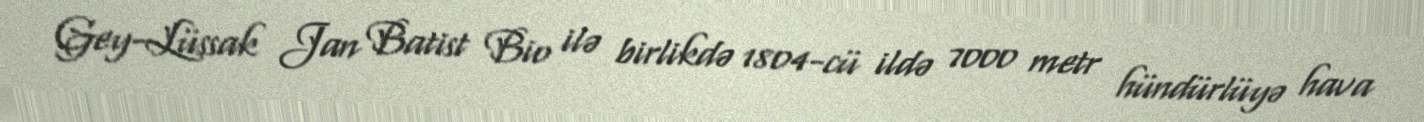
Gey-Lüssak Jan Batist Bio ilə birlikdə 1804-cü ildə 7000 metr hündürlüyə hava